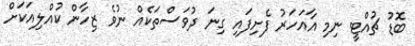
ބޮޑު ޗުއްޓީ ނިމި އާއަހަރު ފެށިފައި ގިނަ ދުވަސްތަކެއް ނުވެ ޒިހާން ކުއްލިއަކަށް